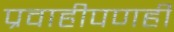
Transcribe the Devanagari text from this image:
प्रवाहीपणही